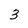
Character: 3